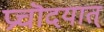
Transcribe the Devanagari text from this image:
प्रचॊदयात्